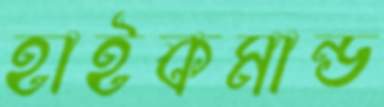
হাইকমান্ড